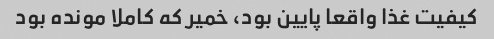
کیفیت غذا واقعا پایین بود، خمیر که کاملا مونده بود